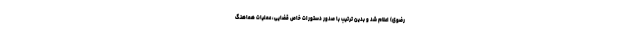
رضوی) اعلام شد و بدین ترتیب با صدور دستورات خاص قضایی، عملیات هماهنگ